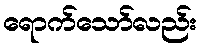
ရောက်သော်လည်း